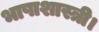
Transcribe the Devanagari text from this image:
भाषाशास्त्री।